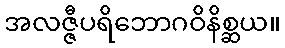
အလဇ္ဇီပရိဘောဂဝိနိစ္ဆယ။